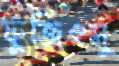
ফুজিৎসু